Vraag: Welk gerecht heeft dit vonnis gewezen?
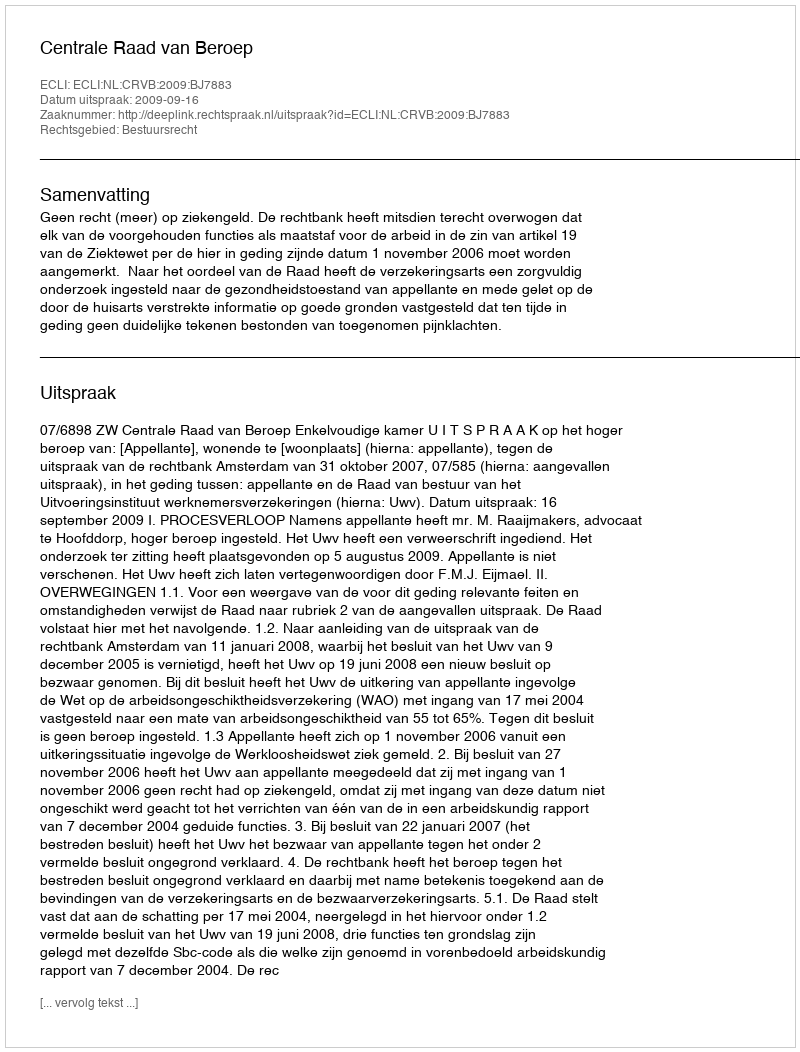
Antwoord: Centrale Raad van Beroep